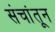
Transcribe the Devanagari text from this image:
संचांतून